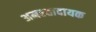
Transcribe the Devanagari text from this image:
अमरतादायक